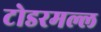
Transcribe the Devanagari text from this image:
टोडरमल्ल